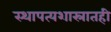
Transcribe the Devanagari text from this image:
स्थापत्यशास्रातही